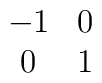
\begin{array}{cc}-1  & 0 \\ 0  & 1  \end{array}